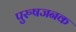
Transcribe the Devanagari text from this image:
पुरुषजनक